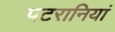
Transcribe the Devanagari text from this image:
पटरानियां